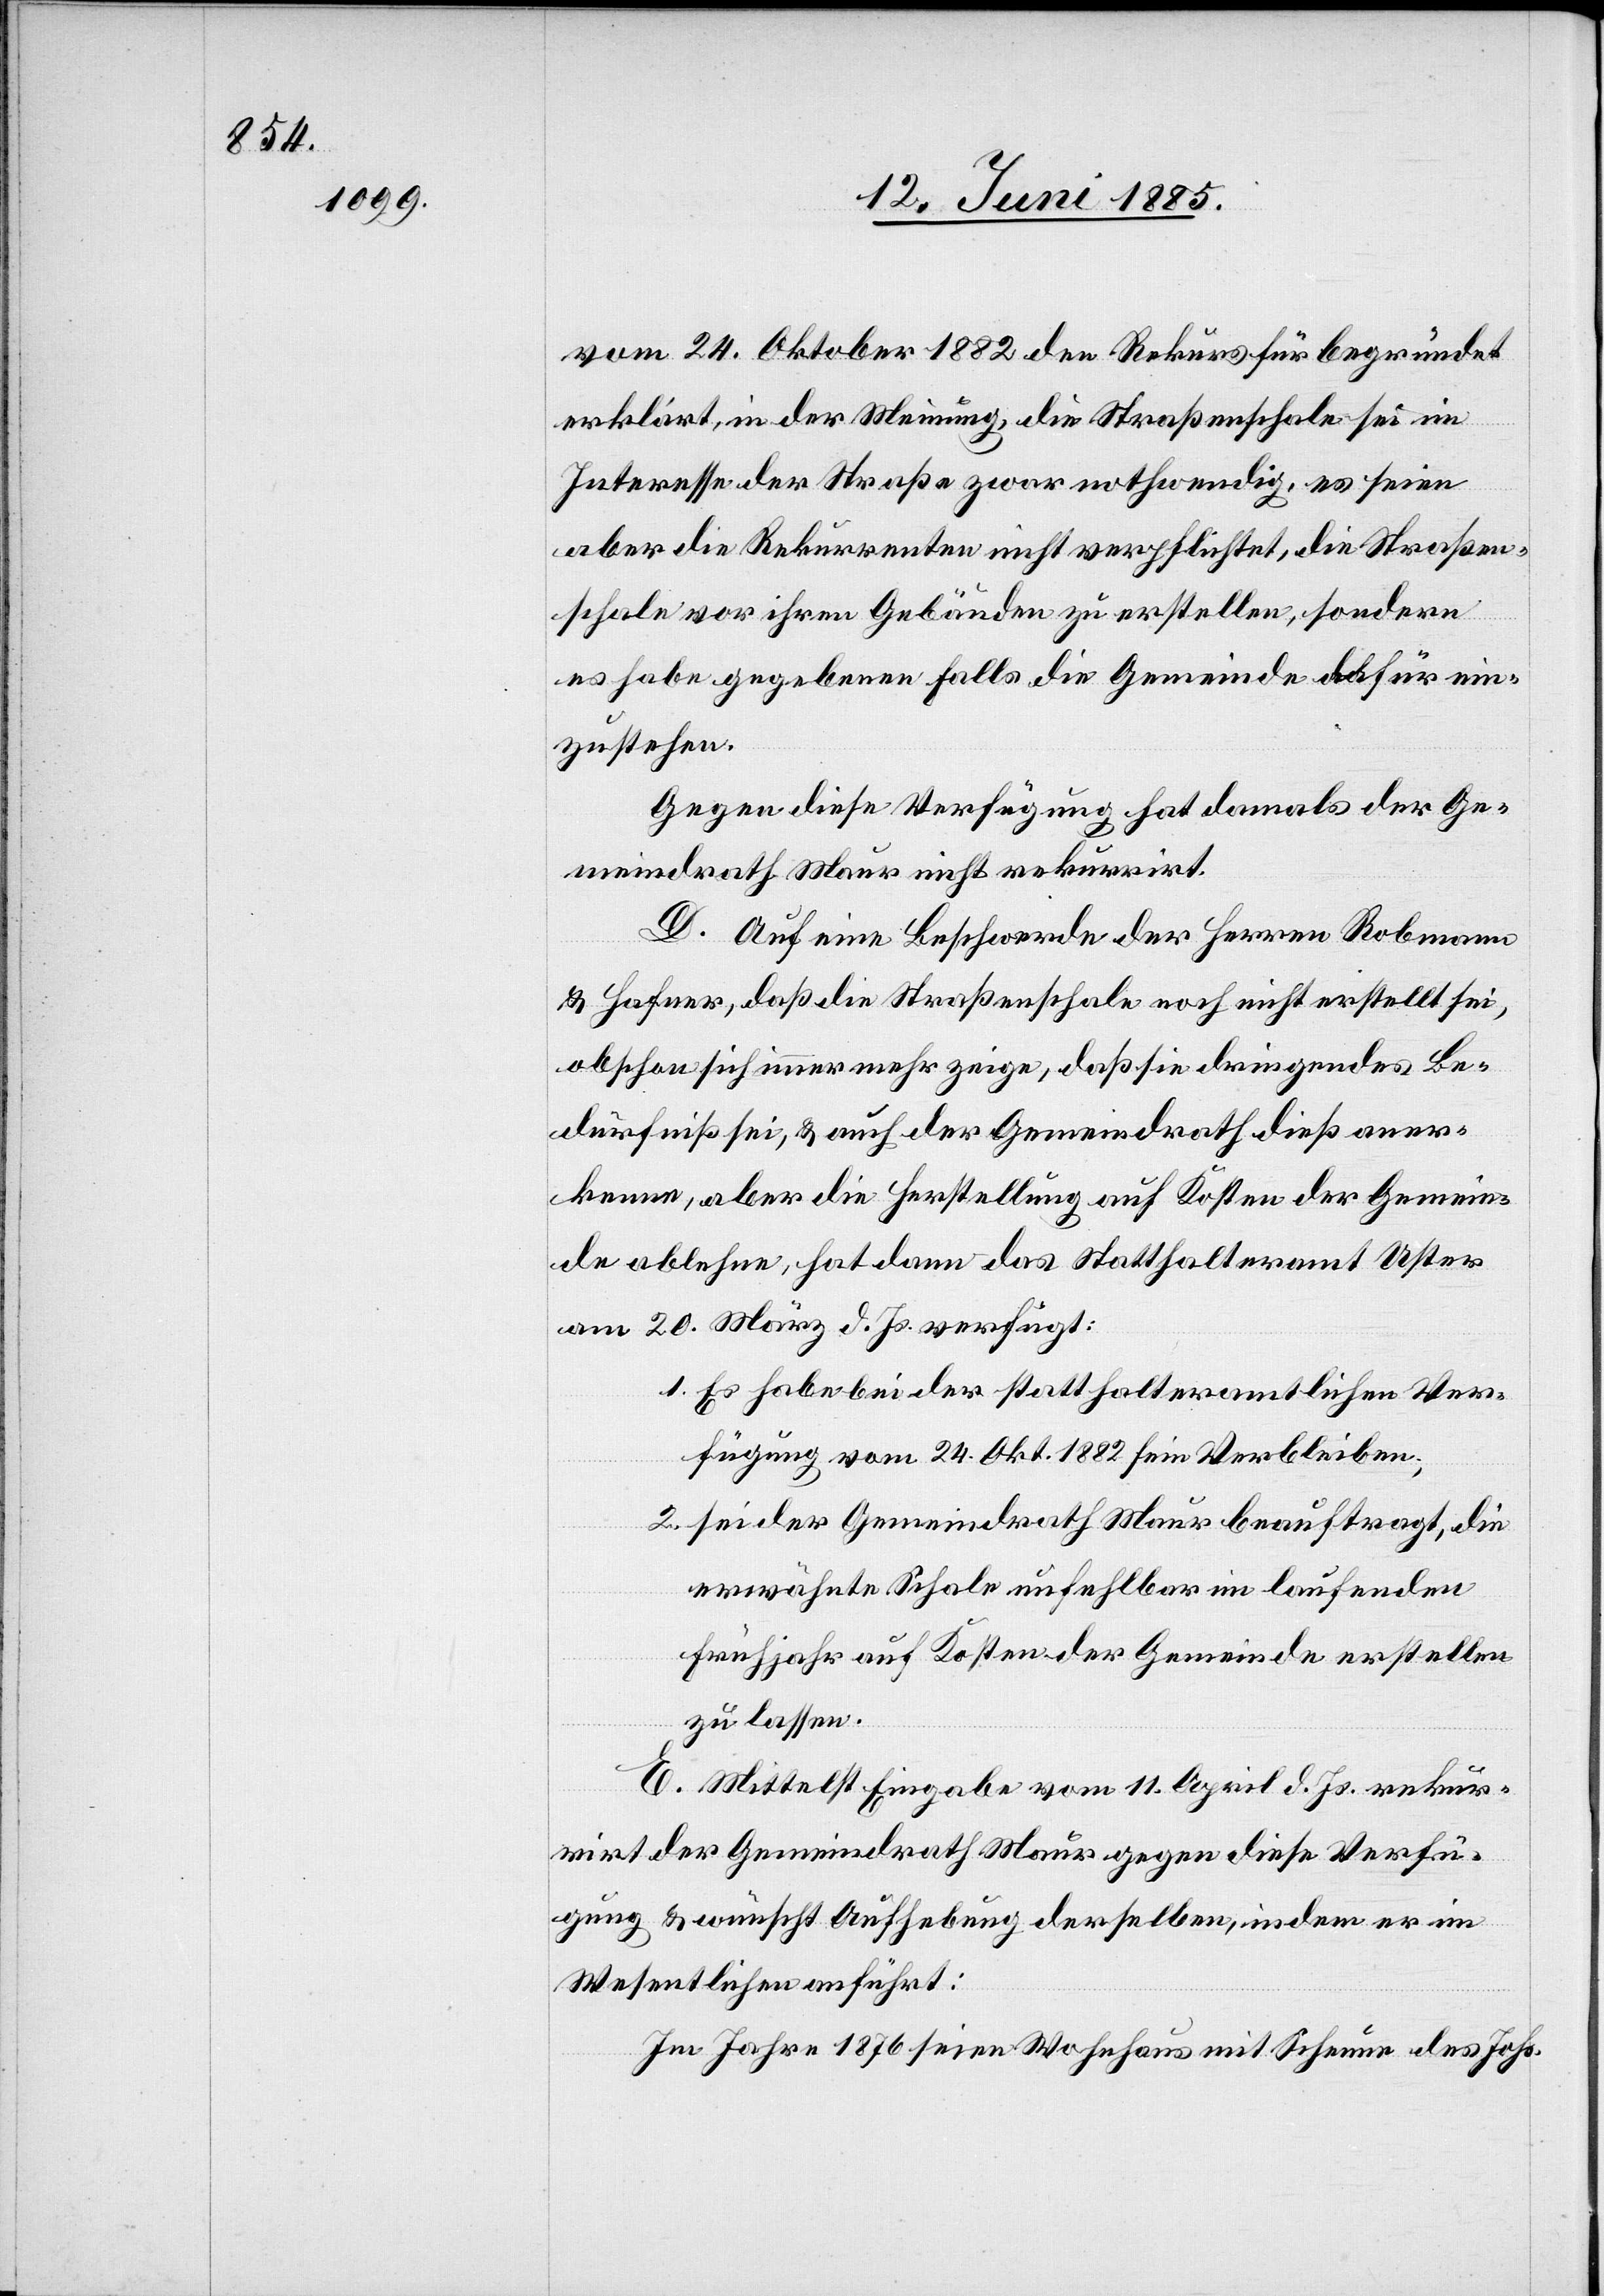
vom 24. Oktober 1882 den Rekurs für begründet
erklärt, in der Meinung, die Straßenschale sei im
Interesse der Straße zwar nothwendig, es seien
aber die Rekurrenten nicht verpflichtet, die Straßen¬
schale vor ihren Gebäuden zu erstellen, sondern
es habe gegebenen Falls die Gemeinde dafür ein¬
zustehen.
Gegen diese Verfügung hat damals der Ge¬
meindrath Maur nicht rekurrirt.
D. Auf eine Beschwerde der Herren Robmann
& Hafner, daß die Straßenschale noch nicht erstellt sei,
obschon sich immer mehr zeige, daß sie dringendes Be¬
dürfniß sei, & auch der Gemeindrath dieß aner¬
kenne, aber die Herstellung auf Kosten der Gemein¬
de ablehne, hat dann das Statthalteramt Uster
am 20. März d. Js. verfügt:
1. Es habe bei der statthalteramtlichen Ver¬
fügung vom 24. Okt. 1882 sein Verbleiben;
2. Sei der Gemeindrath Maur beauftragt, die
erwähnte Schale unfehlbar im laufenden
Frühjahr auf Kosten der Gemeinde erstellen
zu lassen.
E. Mittelst Eingabe vom 11. April d. Js. rekur¬
rirt der Gemeindrath Maur gegen diese Verfü¬
gung & wünscht Aufhebung derselben, indem er im
Wesentlichen anführt:
Im Jahr 1876 seien Wohnhaus mit Scheune des Johs.